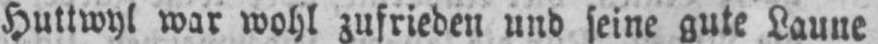
Huttwyl war wohl zufrieden und seine gute Laune